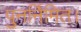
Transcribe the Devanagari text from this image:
पुनर्निमित।